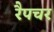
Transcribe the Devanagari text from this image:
रैपचर